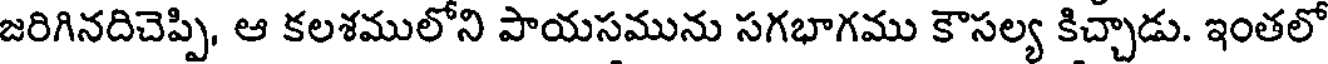
జరిగినదిచెప్పి, ఆ కలశములోని పాయసమును సగభాగము కౌసల్య కిచ్చాడు. ఇంతలో